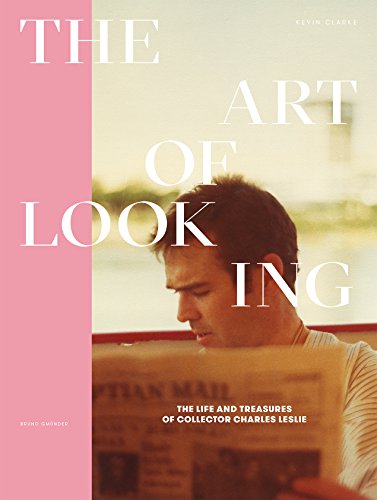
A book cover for The Art of Looking: The Life and Treasures of Collector Charles Leslie; Kevin Clarke; Gay & Lesbian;